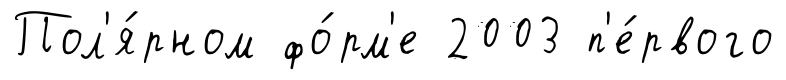
Пол'я́рном фо́рм'е 2003 п'е́рвого